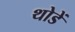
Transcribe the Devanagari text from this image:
थोडें